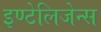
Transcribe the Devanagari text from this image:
इण्टेलिजेन्स